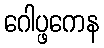
ဂေါပ္ဖကေန